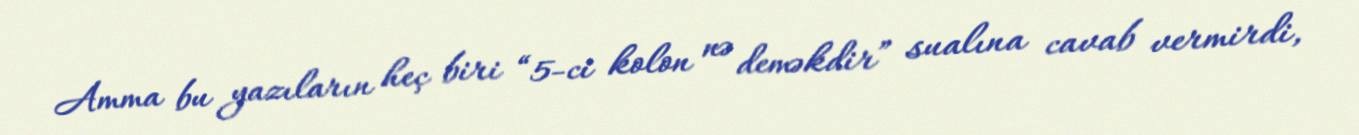
Amma bu yazıların heç biri “5-ci kolon nə deməkdir” sualına cavab vermirdi,